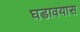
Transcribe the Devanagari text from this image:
घडावयास